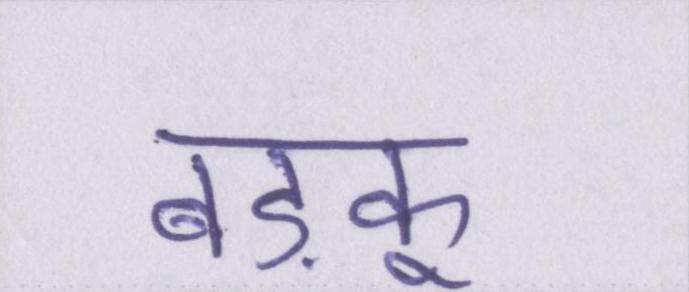
बड़कू